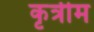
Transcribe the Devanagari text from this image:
कृत्रीम